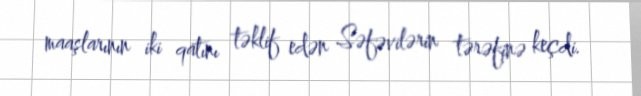
maaşlarının iki qatını təklif edən Səfəvilərin tərəfinə keçdi.